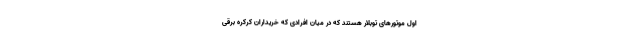
اول موتورهای توبلار هستند که در میان افرادی که خریداران کرکره برقی